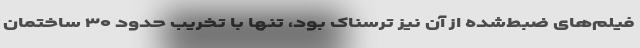
فیلم‌های ضبط‌شده از آن نیز ترسناک بود، تنها با تخریب حدود ۳۰ ساختمان